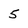
Character: 5